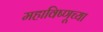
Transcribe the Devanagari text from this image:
महाविष्णूच्या